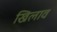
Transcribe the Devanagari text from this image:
खिलाव